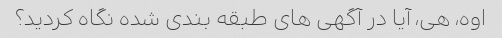
اوه، هی، آیا در آگهی های طبقه بندی شده نگاه کردید؟